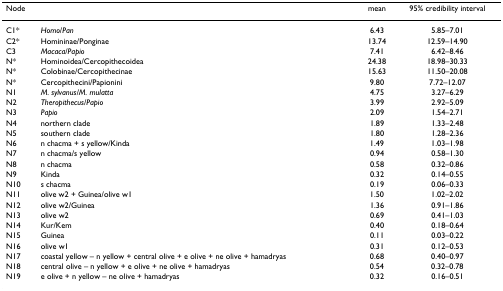
<table><thead><tr><td><b>Node</b></td><td></td><td><b>mean</b></td><td><b>95% credibility interval</b></td></tr></thead><tbody><tr><td>C1*</td><td><i>Homo</i>/<i>Pan</i></td><td>6.43</td><td>5.85–7.01</td></tr><tr><td>C2*</td><td>Homininae/Ponginae</td><td>13.74</td><td>12.59–14.90</td></tr><tr><td>C3</td><td><i>Macaca</i>/<i>Papio</i></td><td>7.41</td><td>6.42–8.46</td></tr><tr><td>N*</td><td>Hominoidea/Cercopithecoidea</td><td>24.38</td><td>18.98–30.33</td></tr><tr><td>N*</td><td>Colobinae/Cercopithecinae</td><td>15.63</td><td>11.50–20.08</td></tr><tr><td>N*</td><td>Cercopithecini/Papionini</td><td>9.80</td><td>7.72–12.07</td></tr><tr><td>N1</td><td><i>M. sylvanus/M. mulatta</i></td><td>4.75</td><td>3.27–6.29</td></tr><tr><td>N2</td><td><i>Theropithecus</i>/<i>Papio</i></td><td>3.99</td><td>2.92–5.09</td></tr><tr><td>N3</td><td><i>Papio</i></td><td>2.09</td><td>1.54–2.71</td></tr><tr><td>N4</td><td>northern clade</td><td>1.89</td><td>1.33–2.48</td></tr><tr><td>N5</td><td>southern clade</td><td>1.80</td><td>1.28–2.36</td></tr><tr><td>N6</td><td>n chacma + s yellow/Kinda</td><td>1.49</td><td>1.03–1.98</td></tr><tr><td>N7</td><td>n chacma/s yellow</td><td>0.94</td><td>0.58–1.30</td></tr><tr><td>N8</td><td>n chacma</td><td>0.58</td><td>0.32–0.86</td></tr><tr><td>N9</td><td>Kinda</td><td>0.32</td><td>0.14–0.55</td></tr><tr><td>N10</td><td>s chacma</td><td>0.19</td><td>0.06–0.33</td></tr><tr><td>N11</td><td>olive w2 + Guinea/olive w1</td><td>1.50</td><td>1.02–2.02</td></tr><tr><td>N12</td><td>olive w2/Guinea</td><td>1.36</td><td>0.91–1.86</td></tr><tr><td>N13</td><td>olive w2</td><td>0.69</td><td>0.41–1.03</td></tr><tr><td>N14</td><td>Kur/Kem</td><td>0.40</td><td>0.18–0.64</td></tr><tr><td>N15</td><td>Guinea</td><td>0.11</td><td>0.03–0.22</td></tr><tr><td>N16</td><td>olive w1</td><td>0.31</td><td>0.12–0.53</td></tr><tr><td>N17</td><td>coastal yellow – n yellow + central olive + e olive + ne olive + hamadryas</td><td>0.68</td><td>0.40–0.97</td></tr><tr><td>N18</td><td>central olive – n yellow + e olive + ne olive + hamadryas</td><td>0.54</td><td>0.32–0.78</td></tr><tr><td>N19</td><td>e olive + n yellow – ne olive + hamadryas</td><td>0.32</td><td>0.16–0.51</td></tr></tbody></table>